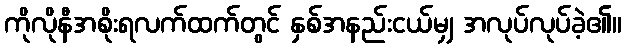
ကိုလိုနီအစိုးရလက်ထက်တွင် နှစ်အနည်းငယ်မျှ အလုပ်လုပ်ခဲ့၏။